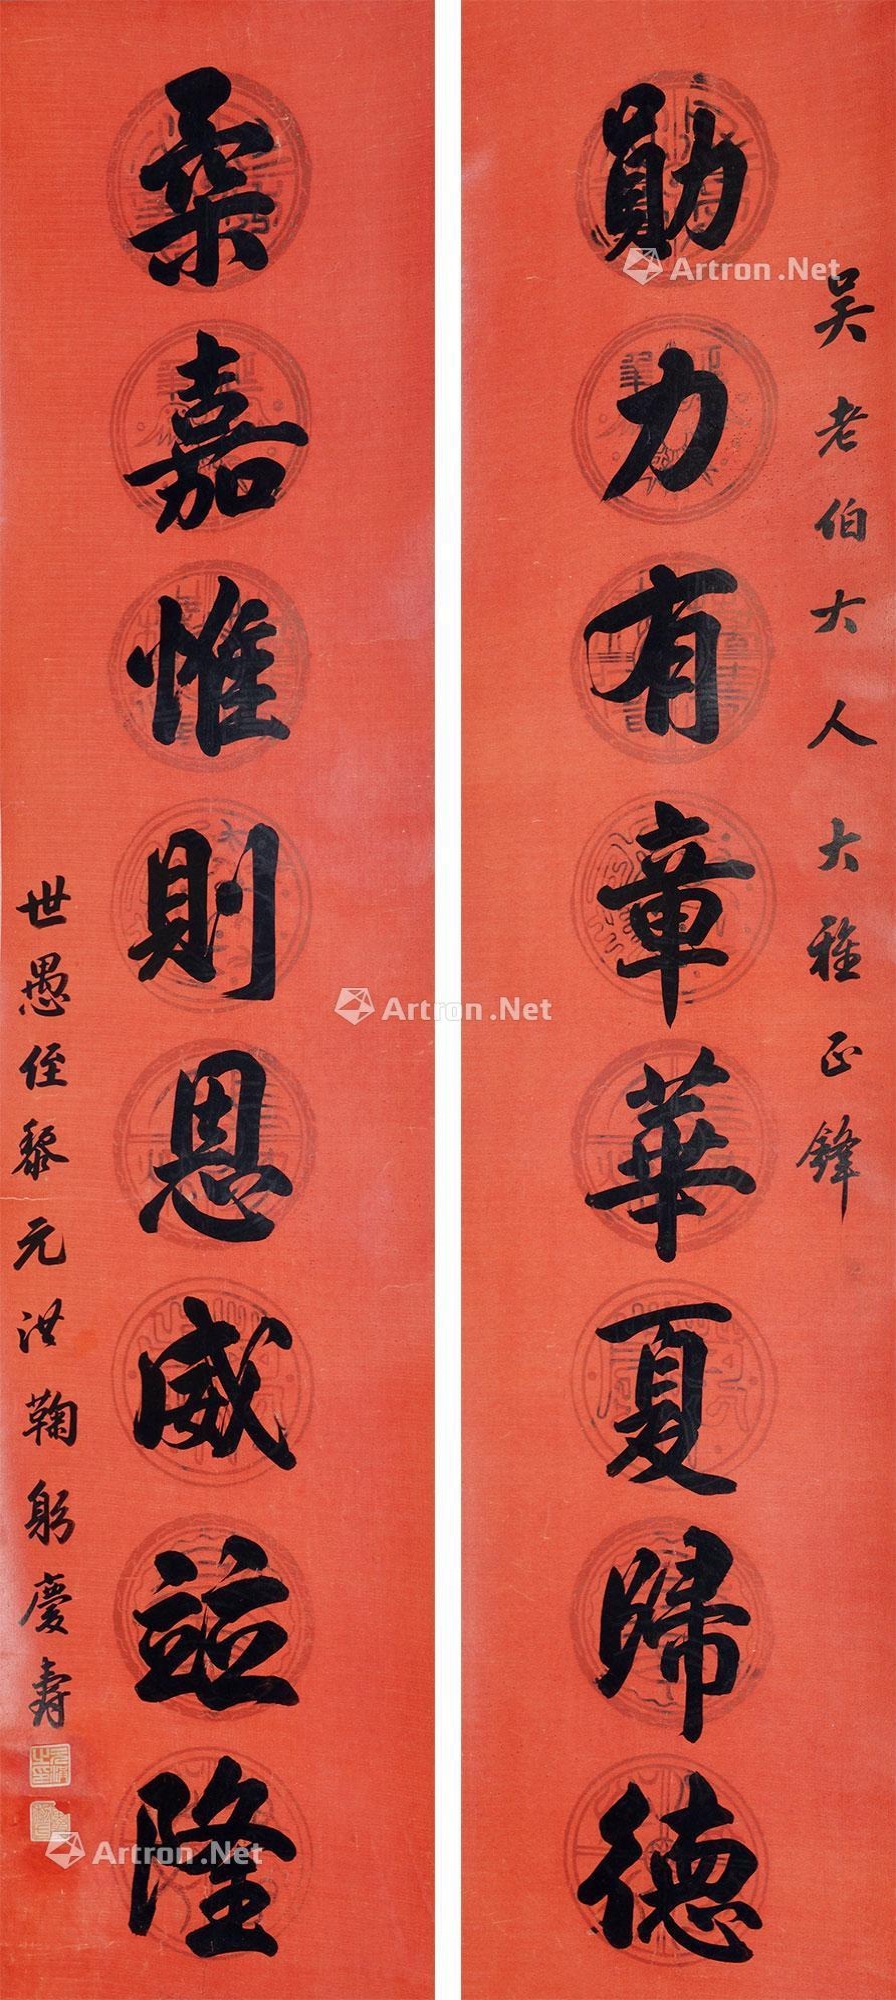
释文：勋力有章华夏归德，柔嘉惟则恩威并隆。吴老伯大人大雅正峰。世愚侄黎元洪鞠躬庆寿。